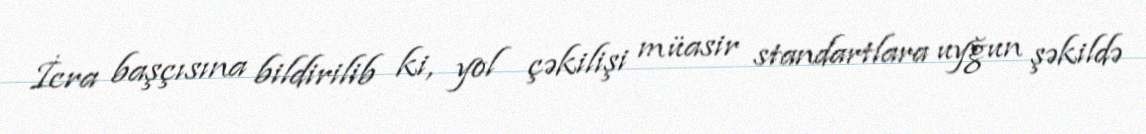
İcra başçısına bildirilib ki, yol çəkilişi müasir standartlara uyğun şəkildə